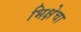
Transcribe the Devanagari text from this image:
भिक्षेचा